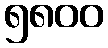
၅၈၀၀